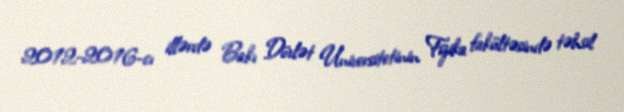
2012-2016-cı illərdə Bakı Dövlət Universitetinin Fizika fakültəsində təhsil